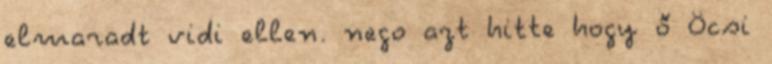
elmaradt vidi ellen. nego azt hitte hogy ő Öcsi